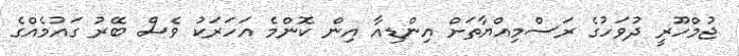
ޖުމްހޫރީ ދުވަހުގެ ރަސްމިއްޔާތަށް އިންޑިއާ އިން ކޮންމެ އަހަރަކު ވެސް ބޭރު ގައުމެއްގެ